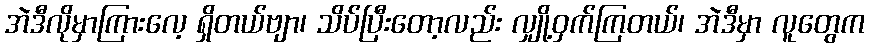
အဲဒီလိုမှာကြားလေ့ ရှိတယ်ဗျာ၊ သိပ်ပြီးတော့လည်း လျှို့ဝှက်ကြတယ်၊ အဲဒီမှာ လူတွေက